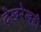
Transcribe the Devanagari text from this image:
देखरेखही